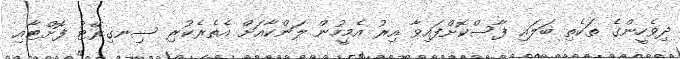
ދިވެހީންގެ ތަކެތި ބަލައި ފާސްކޮށްފައިވާ އިރު އެމީހުން ލަންކާއަށް އެތެރެކުރި ސިނގިރޭޓު ފޮށްޓާއި